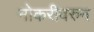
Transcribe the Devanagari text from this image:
नोकरीवरुन